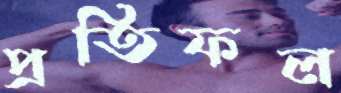
প্রতিফল